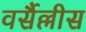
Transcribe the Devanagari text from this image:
वर्सैल्लीस